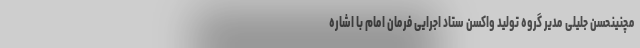
مچنینحسن جلیلی مدیر گروه تولید واکسن ستاد اجرایی فرمان امام با اشاره